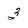
Character: 3